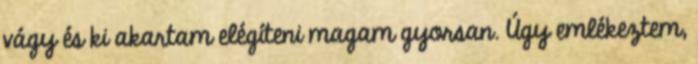
vágy és ki akartam elégíteni magam gyorsan. Úgy emlékeztem,